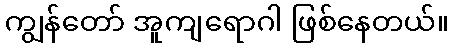
ကျွန်တော် အူကျရောဂါ ဖြစ်နေတယ်။